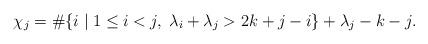
LaTeX: \begin{align*}\chi_j=\#\{i\;|\;1\leq i<j,\;\lambda_i+\lambda_j>2k+j-i\}+\lambda_j-k-j. \end{align*}